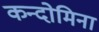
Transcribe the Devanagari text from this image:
कन्दोमिना